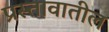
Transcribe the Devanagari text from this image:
प्रस्तावातील